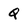
Character: Q